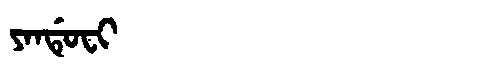
Manchu: ᠶᠠᠨᡩᡠᠸᡳ
Romanization: YANDUFI